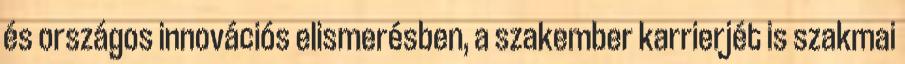
és országos innovációs elismerésben, a szakember karrierjét is szakmai